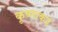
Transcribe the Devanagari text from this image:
कृष्णाकडे